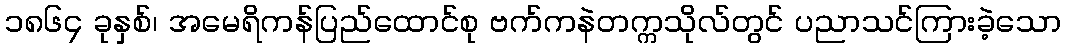
၁၈၆၄ ခုနှစ်၊ အမေရိကန်ပြည်ထောင်စု ဗက်ကနဲတက္ကသိုလ်တွင် ပညာသင်ကြားခဲ့သော